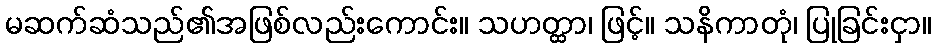
မဆက်ဆံသည်၏အဖြစ်လည်းကောင်း။ သဟတ္ထာ၊ ဖြင့်။ သနိကာတုံ၊ ပြုခြင်းငှာ။